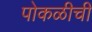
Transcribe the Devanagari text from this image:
पोकळीची